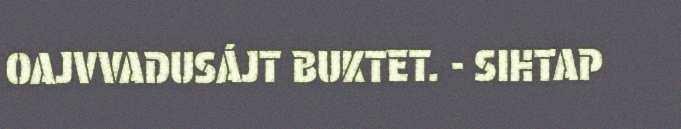
OAJVVADUSÁJT BUKTET. - SIHTAP